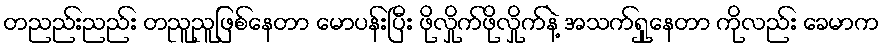
တညည်းညည်း တညူညူဖြစ်နေတာ မောပန်းပြီး ဖိုလှိုက်ဖိုလှိုက်နဲ့ အသက်ရှုနေတာ ကိုလည်း ခေမာက